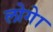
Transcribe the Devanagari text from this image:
लोगेा